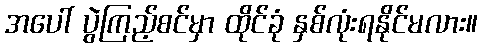
အပေါ် ပွဲကြည့်စင်မှာ ထိုင်ခုံ နှစ်လုံးရနိုင်မလား။